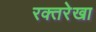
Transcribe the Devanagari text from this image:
रक्तरेखा